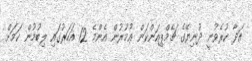
އަދާ ކުރެވުނީ ދުނިޔޭގެ ޗެމްޕިއަންކަން ޢުމުރުން އެންމެ 12 އަހަރުގައި ލިބުމުން ކަމަށް